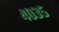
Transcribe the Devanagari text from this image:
४०३५